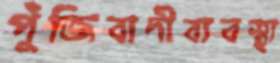
পুঁজিবাদীব্যবস্থা